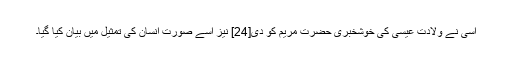
اسی نے ولادت عیسی کی خوشخبری حضرت مریم کو دی[24] نیز اسے صورت انسان کی تمثیل میں بیان کیا گیا۔